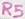
Text: R5